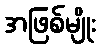
အဖြစ်မျိုး